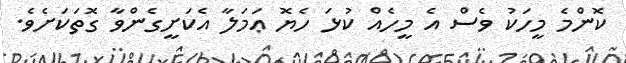
ކޮންމެ މީހަކު ވެސް އެ މީހެއް ކުޅަ ހެޔޮ ޢަމަލާ އެކަށީގެންވާ ގޮތަކަށެވެ.